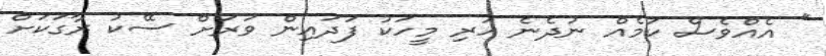
'' އެއްވެސް ކަމެއް ނުދެނެ ހުރި މީހަކު ފަދައިން ވަރަށް ސޭކު ރާގަކަށް